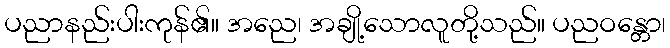
ပညာနည်းပါးကုန်၏။ အညေ၊ အချို့သောလူတို့သည်။ ပညဝန္တော၊